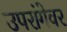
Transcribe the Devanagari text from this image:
उपरांगेवर